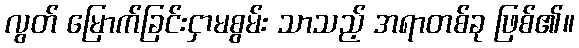
လွတ် မြောက်ခြင်းငှာမစွမ်း သာသည့် အရာတစ်ခု ဖြစ်၏။